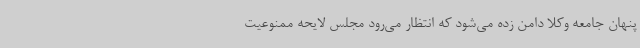
پنهان جامعه وکلا دامن زده می‌شود که انتظار می‌رود مجلس لایحه ممنوعیت